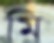
মি